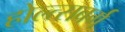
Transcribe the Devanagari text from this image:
होल्त्सबर्ग